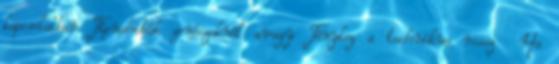
kapcsolatban Típushibák zenészeknél avagy Tényleg a technikus rossz Ha